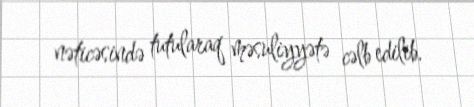
nəticəsində tutularaq məsuliyyətə cəlb edilib.